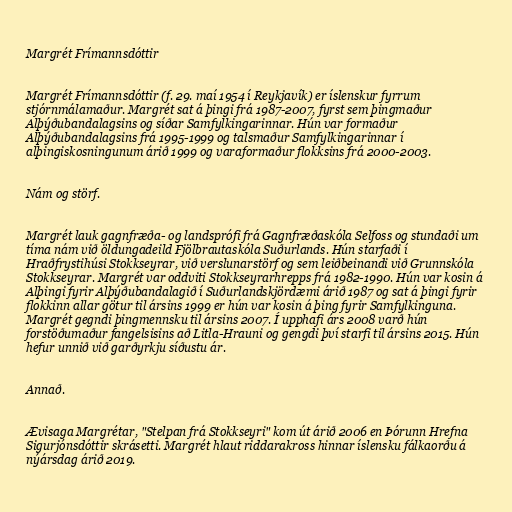
Margrét Frímannsdóttir

Margrét Frímannsdóttir (f. 29. maí 1954 í Reykjavík) er íslenskur fyrrum
stjórnmálamaður. Margrét sat á þingi frá 1987-2007, fyrst sem þingmaður
Alþýðubandalagsins og síðar Samfylkingarinnar. Hún var formaður
Alþýðubandalagsins frá 1995-1999 og talsmaður Samfylkingarinnar í
alþingiskosningunum árið 1999 og varaformaður flokksins frá 2000-2003.

Nám og störf.

Margrét lauk gagnfræða- og landsprófi frá Gagnfræðaskóla Selfoss og stundaði um
tíma nám við öldungadeild Fjölbrautaskóla Suðurlands. Hún starfaði í
Hraðfrystihúsi Stokkseyrar, við verslunarstörf og sem leiðbeinandi við Grunnskóla
Stokkseyrar. Margrét var oddviti Stokkseyrarhrepps frá 1982-1990. Hún var kosin á
Alþingi fyrir Alþýðubandalagið í Suðurlandskjördæmi árið 1987 og sat á þingi fyrir
flokkinn allar götur til ársins 1999 er hún var kosin á þing fyrir Samfylkinguna.
Margrét gegndi þingmennsku til ársins 2007. Í upphafi árs 2008 varð hún
forstöðumaður fangelsisins að Litla-Hrauni og gengdi því starfi til ársins 2015. Hún
hefur unnið við garðyrkju síðustu ár.

Annað.

Ævisaga Margrétar, "Stelpan frá Stokkseyri" kom út árið 2006 en Þórunn Hrefna
Sigurjónsdóttir skrásetti. Margrét hlaut riddarakross hinnar íslensku fálkaorðu á
nýársdag árið 2019.